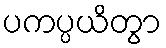
ပကပ္ပယိတွာ